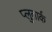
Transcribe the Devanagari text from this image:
प्लुतार्क